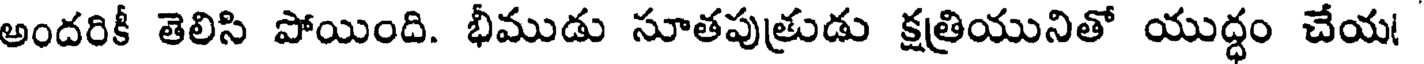
అందరికీ తెలిసి పోయింది. భీముడు సూతపుత్రుడు క్షత్రియునితో యుద్ధం చేయ!